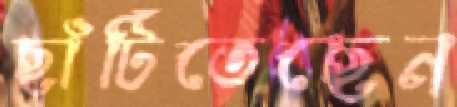
ছাঁটিতেছেন